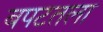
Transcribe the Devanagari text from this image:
बपटतला